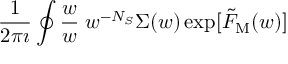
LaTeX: \frac { 1 } { 2 \pi \i } \oint \frac { \d w } { w } \; w ^ { - { N _ { S } } } \Sigma ( w ) \exp [ { \tilde { F } } _ { \mathrm { M } } ( w ) ]